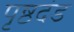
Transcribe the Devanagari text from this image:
पृष्ठदंड